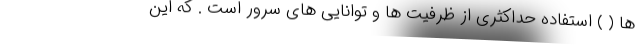
ها ( ) استفاده حداکثری از ظرفیت ها و توانایی های سرور است . که این